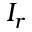
I _ { r }